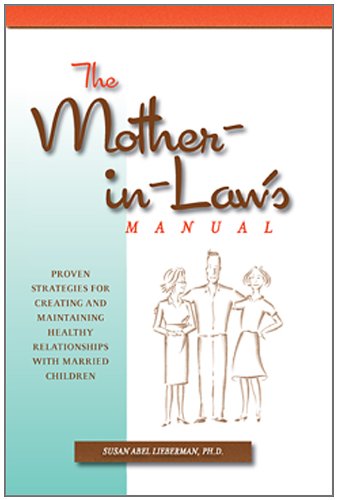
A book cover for Mother-in-Law's Manual:Proven Strategies for Creating and Maintaining Healthy Relationships with Married Children; Susan Abel Lieberman  PhD; Parenting & Relationships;